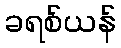
ခရစ်ယန်